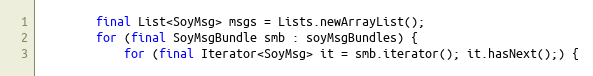
Language: Java
        final List<SoyMsg> msgs = Lists.newArrayList();
        for (final SoyMsgBundle smb : soyMsgBundles) {
            for (final Iterator<SoyMsg> it = smb.iterator(); it.hasNext();) {